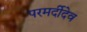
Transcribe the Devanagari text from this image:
परमर्दीदेव